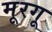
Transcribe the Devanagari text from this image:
मूरगू